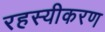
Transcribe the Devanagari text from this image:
रहस्यीकरण